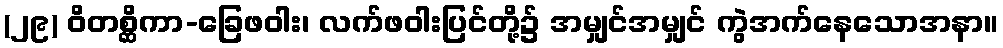
(၂၉) ဝိတစ္ဆိကာ-ခြေဖဝါး၊ လက်ဖဝါးပြင်တို့၌ အမျှင်အမျှင် ကွဲအက်နေသောအနာ။